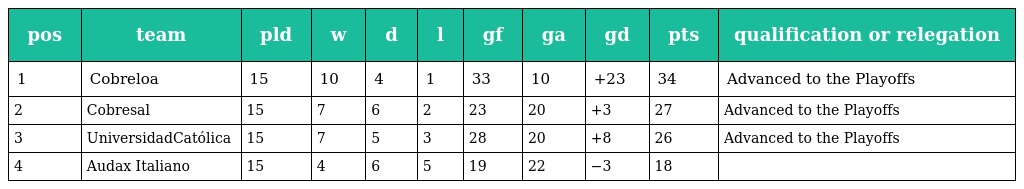
| pos | team | pld | w | d | l | gf | ga | gd | pts | qualification or relegation |
 | --- | --- | --- | --- | --- | --- | --- | --- | --- | --- | --- |
 | 1 | Cobreloa | 15 | 10 | 4 | 1 | 33 | 10 | +23 | 34 | Advanced to the Playoffs |
 | 2 | Cobresal | 15 | 7 | 6 | 2 | 23 | 20 | +3 | 27 | Advanced to the Playoffs |
 | 3 | UniversidadCatólica | 15 | 7 | 5 | 3 | 28 | 20 | +8 | 26 | Advanced to the Playoffs |
 | 4 | Audax Italiano | 15 | 4 | 6 | 5 | 19 | 22 | −3 | 18 |  |